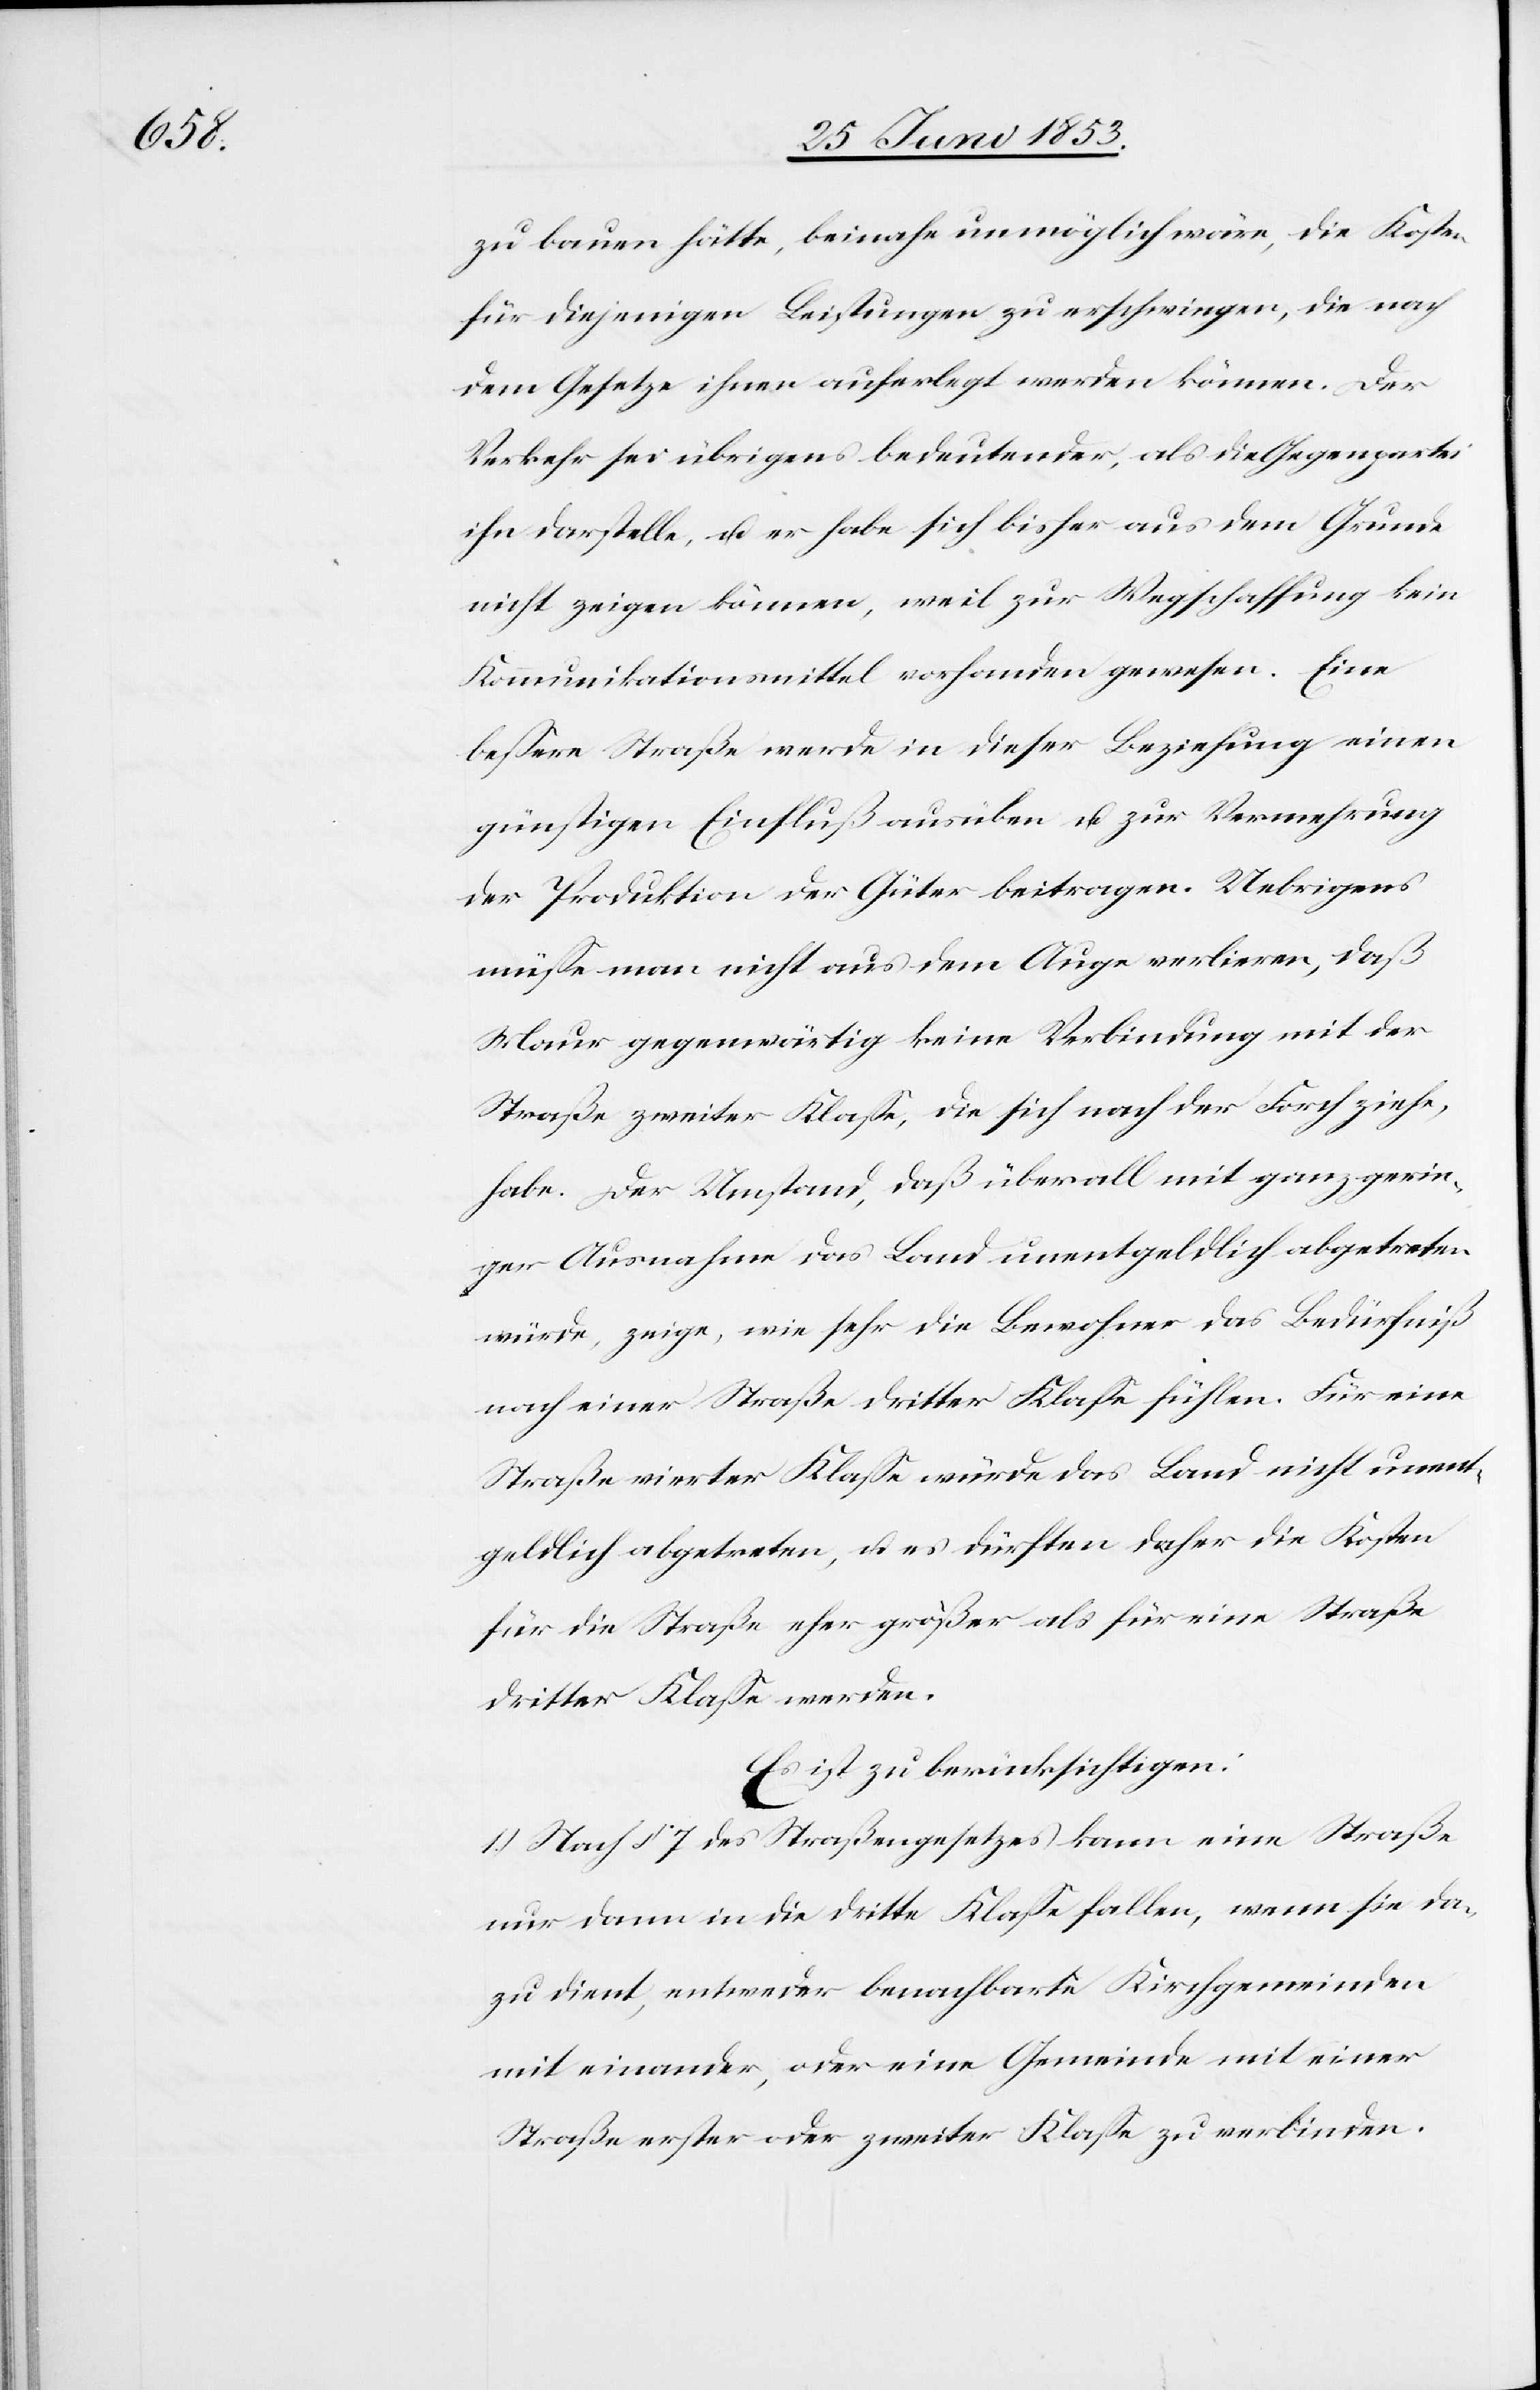
gerin¬

zu bauen hätte, beinahe unmöglich wäre, die Kosten
die diejenigen Leistungen zu erschwingen, die nach
dem Gesetze ihnen auferlegt werden können. Der
Verkehr sei übrigens bedeutender, als die Gegenpartei
ihn darstelle, u. er habe sich bisher aus dem Grunde
nicht zeigen können, weil zur Wegschaffung kein
Kommunikationsmittel vorhanden gewesen. Eine
beßere Straße werde in dieser Beziehung einen
günstigen Einfluß ausüben u. zur Vermehrung
der Produktion der Güter beitragen. Uebrigens
müße man nicht aus dem Auge verlieren, daß
Maur gegenwärtig keine Verbindung mit der
Straße zweiter Klaße, die sich nach der Forch ziehe,
ger Ausnahme das Land unentgeldlich abgetreten
würde, zeige, wie sehr die Bewohner das Bedürfniß
nach einer Straße dritter Klaße fühlen. Für eine
Straße vierter Klaße würde das Land nicht unent¬
geldlich abgetreten, u. es dürften daher die Kosten
für die Straße eher größer als für eine Straße
dritter Klaße werden.
Es ist zu berücksichtigen:
1.) Nach § 7 des Straßengesetzes kann eine Straße
nur dann in die dritte Klaße fallen, wenn sie da¬
zu dient, entweder benachbarte Kirchgemeinden
mit einander, oder eine Gemeinde mit einer
Straße erster oder zweiter Klaße zu verbinden.